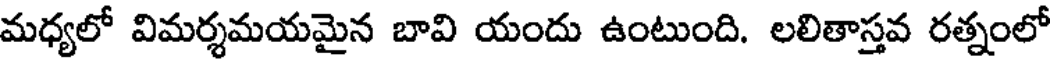
మధ్యలో విమర్శమయమైన బావి యందు ఉంటుంది. లలితాస్తవ రత్నంలో